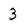
Character: 3